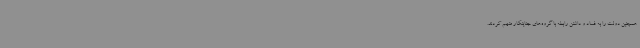
همچنین دولت را به فساد و داشتن رابطه با گروه‌های جنایتکار متهم کردند.